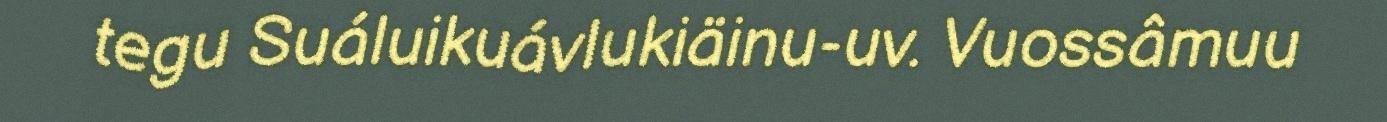
tegu Suáluikuávlukiäinu-uv. Vuossâmuu